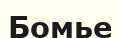
Бомье